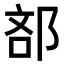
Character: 𮟼